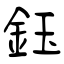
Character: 鈺